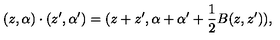
( z , \alpha ) \cdot ( z ^ { \prime } , \alpha ^ { \prime } ) = ( z + z ^ { \prime } , \alpha + \alpha ^ { \prime } + \frac 1 2 B ( z , z ^ { \prime } ) ) ,